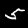
Digit: 5